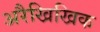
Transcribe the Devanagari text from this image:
अरैखिखिक